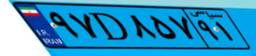
۴۷D۹۷۶۵۹